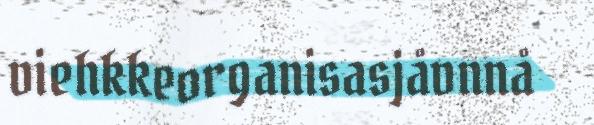
viehkkeorganisasjåvnnå